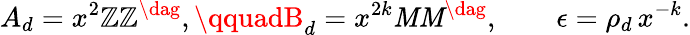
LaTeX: A_{d}=x^{2}\mathbb{Z}\mathbb{Z}^{\dag},\qquadB_{d}=x^{2k}\mathit{M}\mathit{M}^{\dag},\qquad\epsilon=\rho_{d}\, x^{-k}.